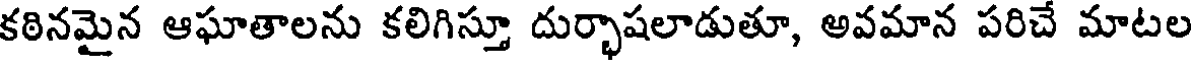
కఠినమైన ఆఘాతాలను కలిగిస్తూ దుర్భాషలాడుతూ, అవమాన పరిచే మాటల